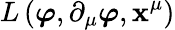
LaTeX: L\left({\boldsymbol{\varphi}},\partial_{\mu}{\boldsymbol{\varphi}},\mathbf{x}^{\mu}\right)